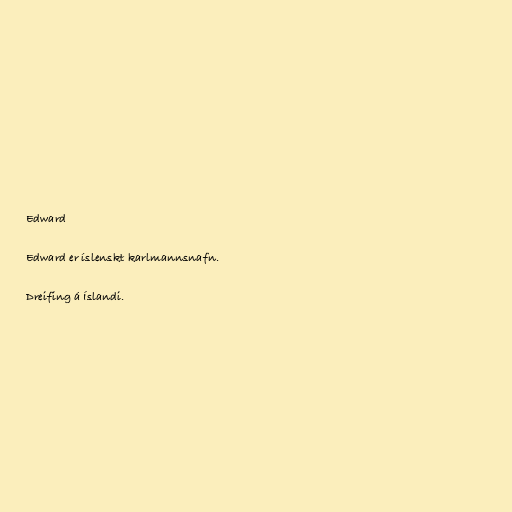
Edward

Edward er íslenskt karlmannsnafn.

Dreifing á Íslandi.